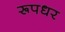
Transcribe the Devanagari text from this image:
रूपधर